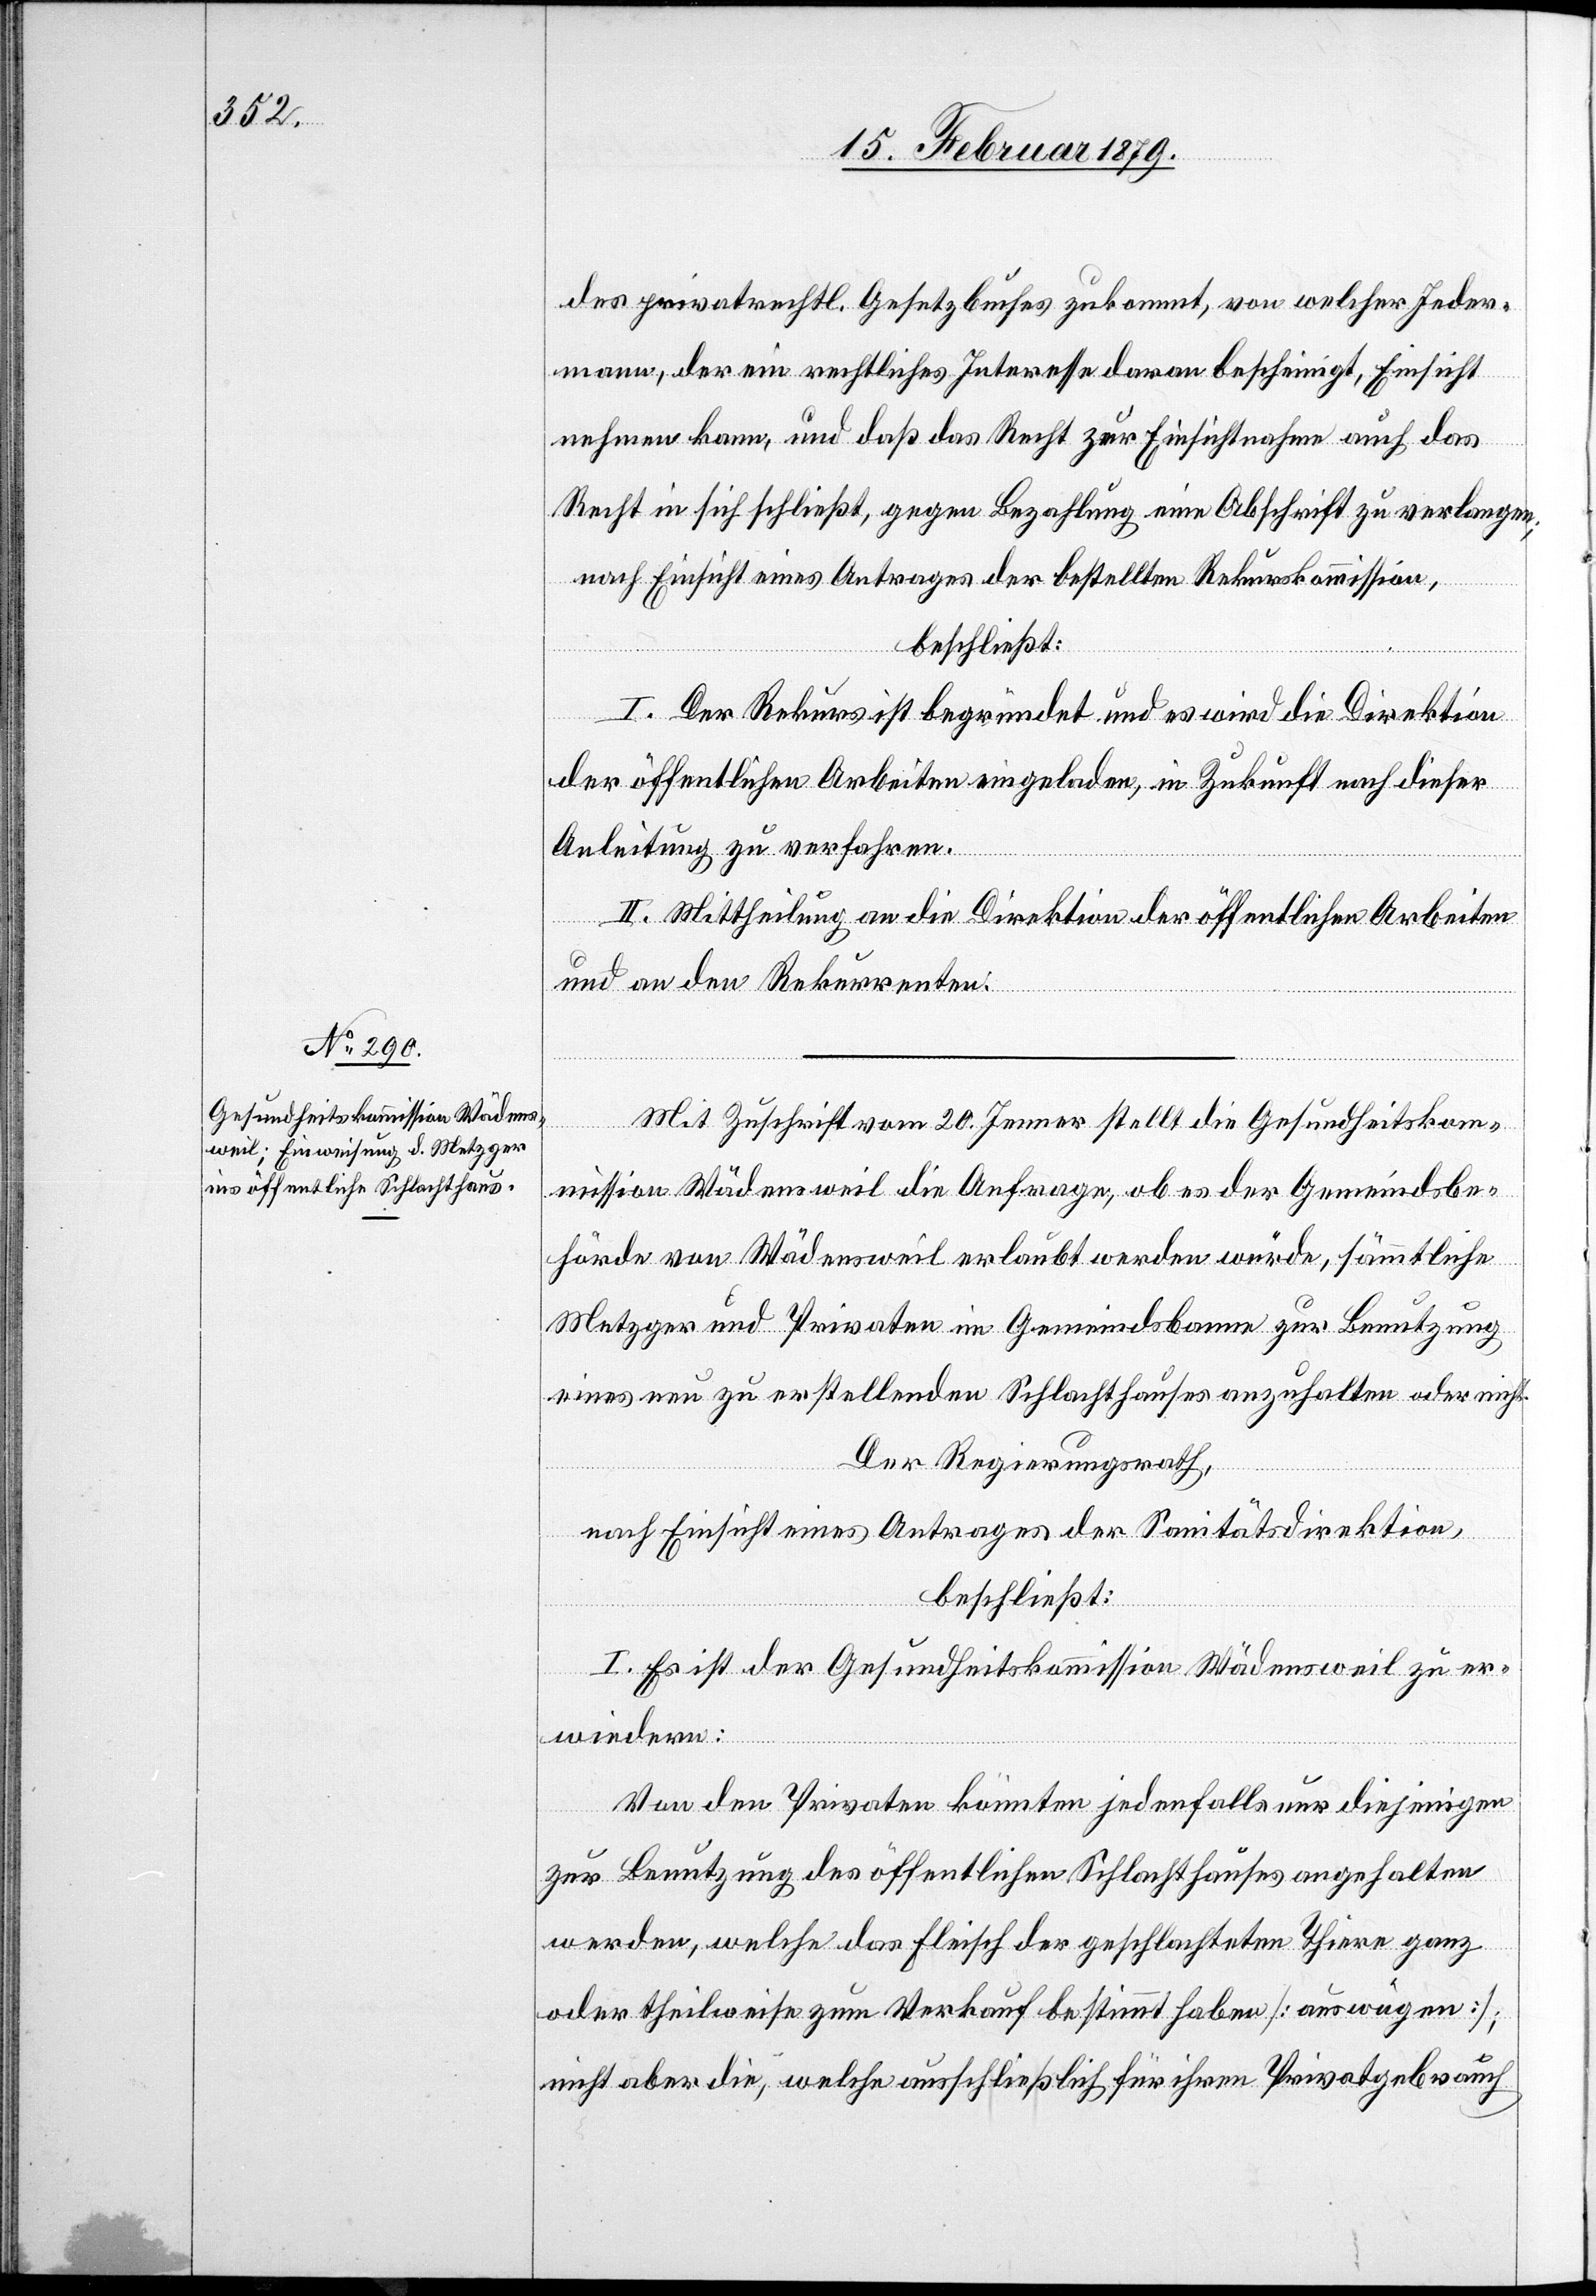
des privatrechtl. Gesetzbuches zukommt, von welcher Jeder¬
mann, der ein rechtliches Interesse daran bescheinigt, Einsicht
nehmen kann, und daß das Recht zur Einsichtnahme auch das
Recht in sich schließt, gegen Bezahlung eine Abschrift zu verlangen;
nach Einsicht eines Antrages der bestellten Rekurskommission,
beschließt:
I. Der Rekurs ist begründet und es wird die Direktion
der öffentlichen Arbeiten eingeladen, in Zukunft nach dieser
Anleitung zu verfahren.
II. Mittheilung an die Direktion der öffentlichen Arbeiten
und an den Rekurrenten.
Mit Zuschrift vom 20. Jenner stellt die Gesundheitskom¬
mission Wädensweil die Anfrage, ob es der Gemeindsbe¬
hörde von Wädensweil erlaubt werden würde, sämmtliche
Metzger und Privaten im Gemeindsbanne zur Benutzung
eines neu zu erstellenden Schlachthauses anzuhalten oder nicht.
Der Regierungsrath,
nach Einsicht eines Antrages der Sanitätsdirektion,
beschließt:
I. Es ist der Gesundheitskommission Wädensweil zu er¬
wiedern:
Von den Privaten könnten jedenfalls nur diejenigen
zur Benutzung des öffentlichen Schlachthauses angehalten
werden, welche das Fleisch der geschlachteten Thiere ganz
oder theilweise zum Verkauf bestimmt haben [auswägen];
nicht aber die, welche ausschließlich für ihren Privatgebrauch